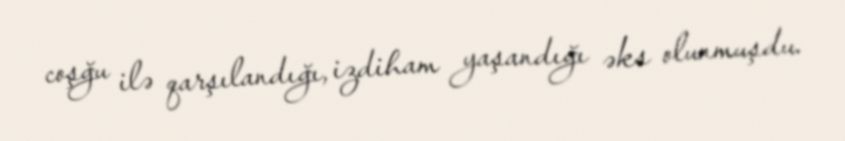
coşğu ilə qarşılandığı, izdiham yaşandığı əks olunmuşdu.